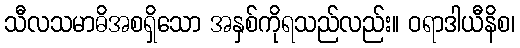
သီလသမာဓိအစရှိသော အနှစ်ကိုရသည်လည်း။ ဝရာဒါယီနိစ၊